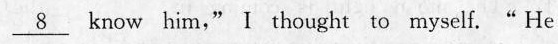
\underline{8} krow bim-" l thaught to myelf.He